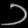
Digit: ၁